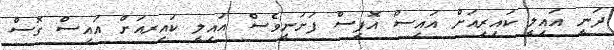
ދަނީ އައިލީ ކައިރިއަށް އައިސް އޮފީސް ފަށަނީވެސް އައިލީ ކައިރއަށް އައިސް ގޮސް